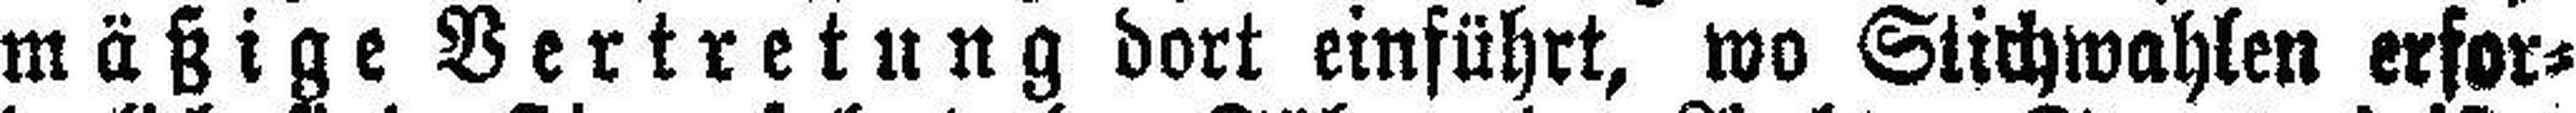
mäßige Vertretung dort einführt, wo Stichwahlen erfor¬